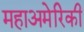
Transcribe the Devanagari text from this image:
महाअमेरिकी